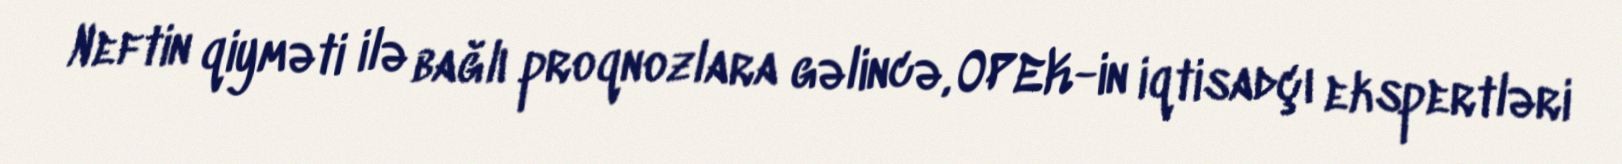
Neftin qiyməti ilə bağlı proqnozlara gəlincə, OPEK-in iqtisadçı ekspertləri